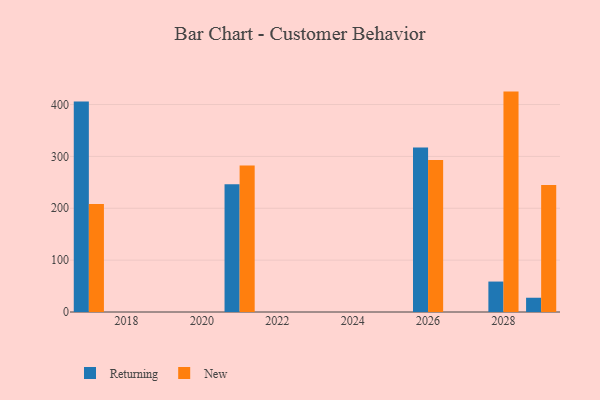
{"axis": {"x": "Year", "y": "Inventory Turnover"}, "legend": ["New", "Returning"], "data": [{"x": "2029", "y": 27.5, "type": "Returning"}, {"x": "2029", "y": 244.9, "type": "New"}, {"x": "2021", "y": 246.5, "type": "Returning"}, {"x": "2021", "y": 282.3, "type": "New"}, {"x": "2026", "y": 317.1, "type": "Returning"}, {"x": "2026", "y": 293.2, "type": "New"}, {"x": "2028", "y": 58.7, "type": "Returning"}, {"x": "2028", "y": 425.0, "type": "New"}, {"x": "2017", "y": 405.9, "type": "Returning"}, {"x": "2017", "y": 208.4, "type": "New"}]}